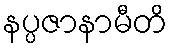
နပ္ပဇာနာမီတိ